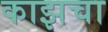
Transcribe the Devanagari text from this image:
काझचा